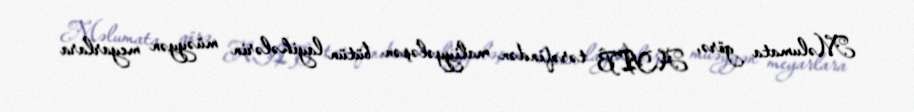
Məlumata görə, AYİB tərəfindən maliyyələşən bütün layihələrin müəyyən meyarlara